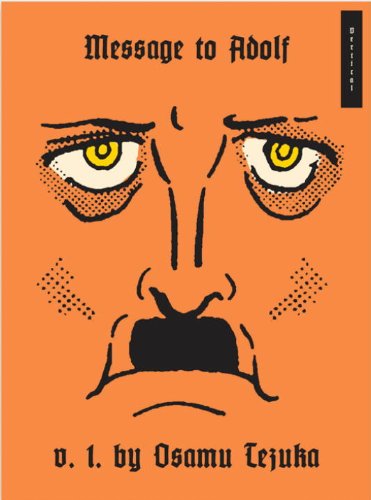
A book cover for Message to Adolf, Part 1; Osamu Tezuka; Comics & Graphic Novels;